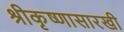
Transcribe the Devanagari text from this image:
श्रीकृष्णासारखी